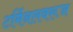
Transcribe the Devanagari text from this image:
टर्मिनलवरून